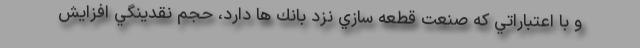
و با اعتباراتي كه صنعت قطعه سازي نزد بانك ها دارد، حجم نقدينگي افزايش